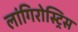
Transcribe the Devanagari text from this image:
लांगिरोस्ट्रिस